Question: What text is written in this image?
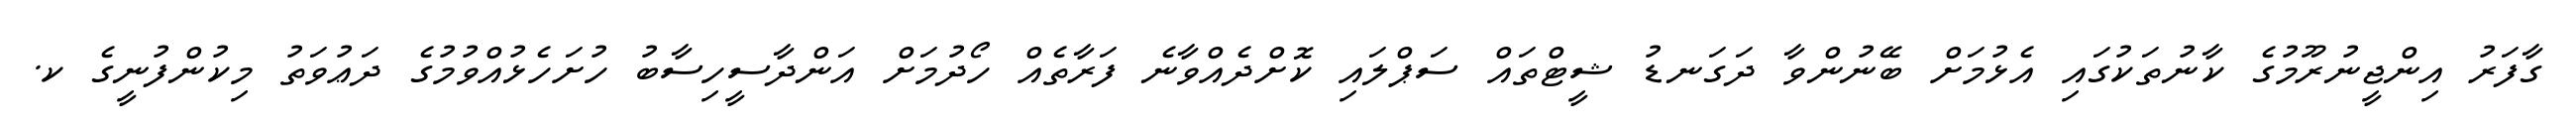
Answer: ގާފަރު އިންޖީނުރޫމުގެ ކާނުތަކުގައި އެޅުމަށް ބޭނުންވާ ދަގަނޑު ޝީޓްތައް ސަޕްލައި ކޮށްދެއްވާނެ ފަރާތެއް ހޯދުމަށް އަންދާސީހިސާބު ހުށަހެޅުއްވުމުގެ ދަޢުވަތު މިކުންފުނީގެ ކ.